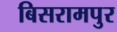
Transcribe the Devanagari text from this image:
बिसरामपुर